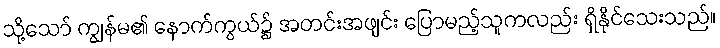
သို့သော် ကျွန်မ၏ နောက်ကွယ်၌ အတင်းအဖျင်း ပြောမည့်သူကလည်း ရှိနိုင်သေးသည်။